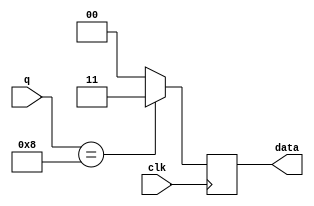
`timescale 1ns / 1ps
//////////////////////////////////////////////////////////////////////////////////
// Company: 
// Engineer: 
// 
// Design Name: 
// Module Name:    blink 
// Project Name: 
// Target Devices: 
// Tool versions: 
// Description: 
//
// Dependencies: 
//
// Revision: 
// Revision 0.01 - File Created
// Additional Comments: 
//
//////////////////////////////////////////////////////////////////////////////////
module blink(
input clk,
input [7:0] q,
output [1:0] data 
    );
reg [1:0] r_reg;

always @(posedge clk)
begin
	if(q==6'b001000)
	begin
		r_reg <= 2'b11;
	end
	else
		r_reg <= 2'b00;
end
assign data=r_reg;
endmodule